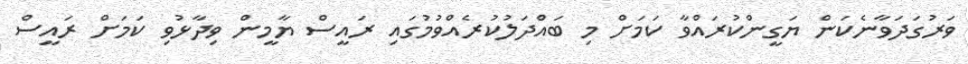
ވަރުގަދަވާނެކަން ޔަގީންކުރައްވާ ކަމަށް މި ބައްދަލުކުރެއްވުމުގައި ރައީސް ޔާމީން ވިދާޅުވި ކަމަށް ރައީސް